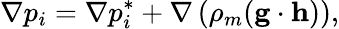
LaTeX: \nabla p_{i}=\nabla p_{i}^{*}+\nabla\left(\rho_{m}(\mathbf{g}\cdot\mathbf{h})\right),